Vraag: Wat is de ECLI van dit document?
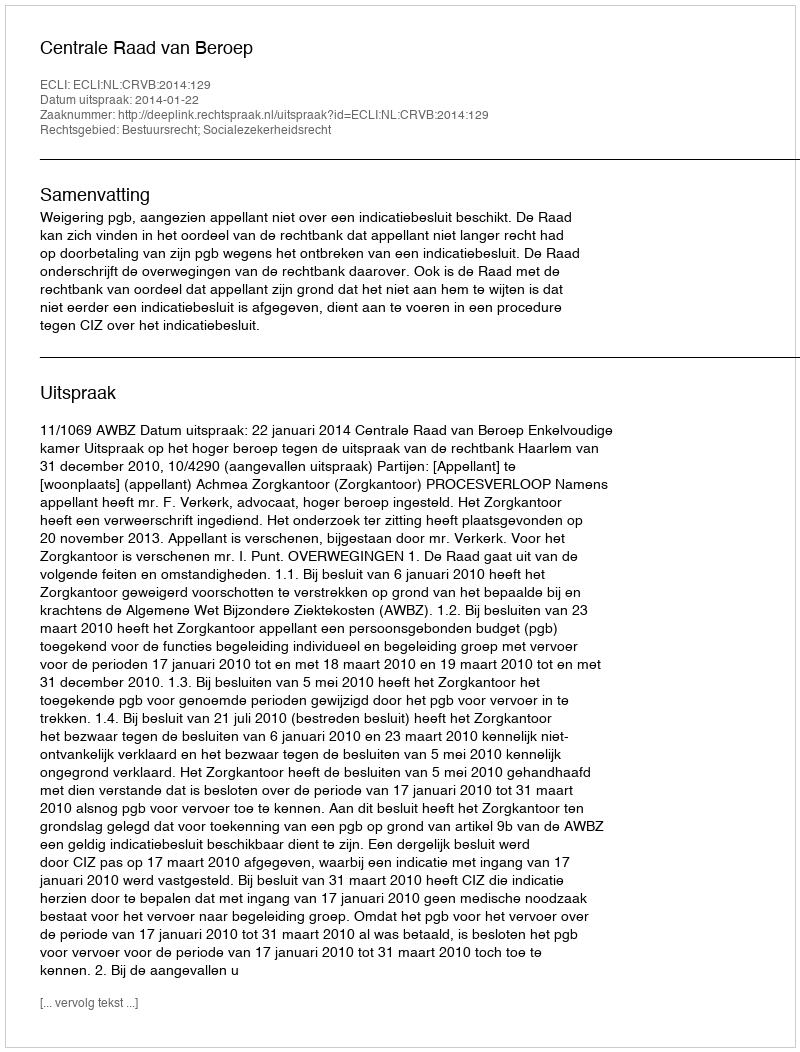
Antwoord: ECLI:NL:CRVB:2014:129